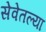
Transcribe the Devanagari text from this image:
सेवेतल्या